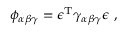
\phi _ { \alpha \beta \gamma } = \epsilon ^ { \mathrm { T } } \gamma _ { \alpha \beta \gamma } \epsilon ~ ,